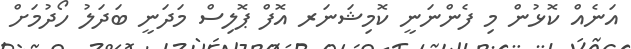
އަނެއް ކޮޅުން މި ފެންނަނީ ކޮމިޝަނަރ އޮފް ޕޮލިސް މަދަނީ ބަދަލު ހޯދުމަށް